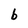
Character: b